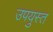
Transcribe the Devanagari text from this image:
उपयुस्त